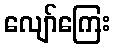
လျော်ကြေး